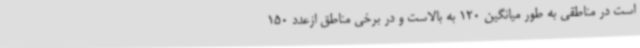
است در مناطقی به طور میانگین 120 به بالاست و در برخی مناطق ازعدد 150